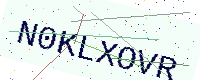
Text: N0KLXOVR